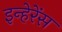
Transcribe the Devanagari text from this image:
इन्हेरेंस